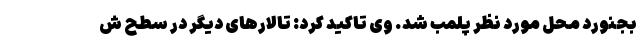
بجنورد محل مورد نظر پلمب شد. وی تاکید کرد: تالارهای دیگر در سطح ش